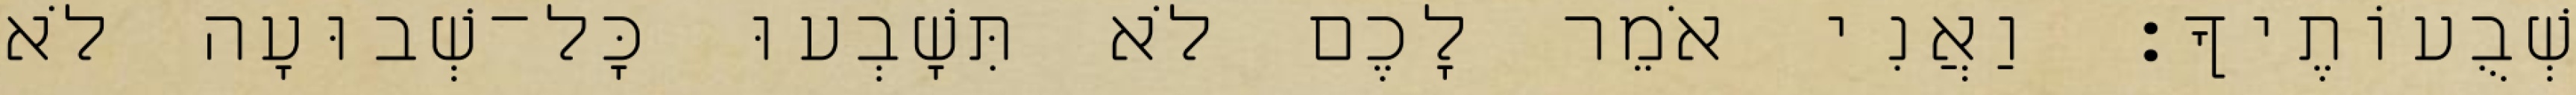
שְׁבֻעוֹתֶיךָ׃ וַאֲנִי אֹמֵר לָכֶם לֹא תִּשָׁבְעוּ כָּל־שְׁבוּעָה לֹא